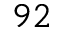
^ { 9 2 }